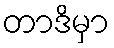
တာဒိမှာ